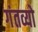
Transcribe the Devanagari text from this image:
गंतव्यो